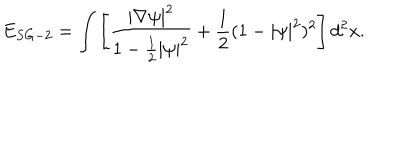
LaTeX: E _ { S G - 2 } = \int \left[ \frac { | \nabla \psi | ^ { 2 } } { 1 - \frac { 1 } { 2 } | \psi | ^ { 2 } } + \frac { 1 } { 2 } ( 1 - | \psi | ^ { 2 } ) ^ { 2 } \right] { d ^ { 2 } x } .